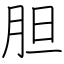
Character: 胆